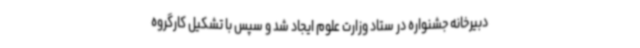
دبیرخانه جشنواره در ستاد وزارت علوم ایجاد شد و سپس با تشکیل کارگروه